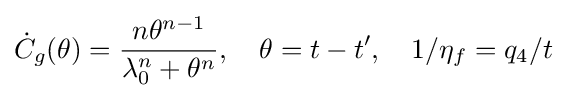
{\dot {C}}_{g}(\theta )={\frac {n\theta ^{n-1}}{\lambda _{0}^{n}+\theta ^{n}}},~~~\theta =t-t',~~~1/\eta _{f}=q_{4}/t